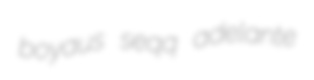
boyaus seqq adelante